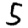
Digit: 5